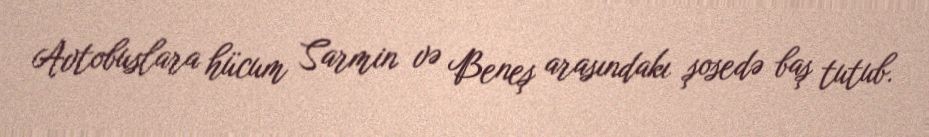
Avtobuslara hücum Sarmin və Beneş arasındakı şosedə baş tutub.